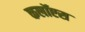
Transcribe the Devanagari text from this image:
कलॉएस